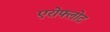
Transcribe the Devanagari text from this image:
एरोफ्लोट